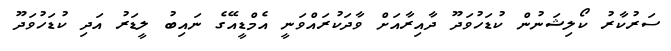
ސަރުކާރު ކޯލިޝަނުން ކުޑަހުވަދޫ ދާއިރާއަށް ވާދަކުރައްވަނީ އެމްޑީއޭގެ ނައިބު ލީޑަރު އަދި ކުޑަހުވަދޫ